Indian Civil Veterinary Department memoirs
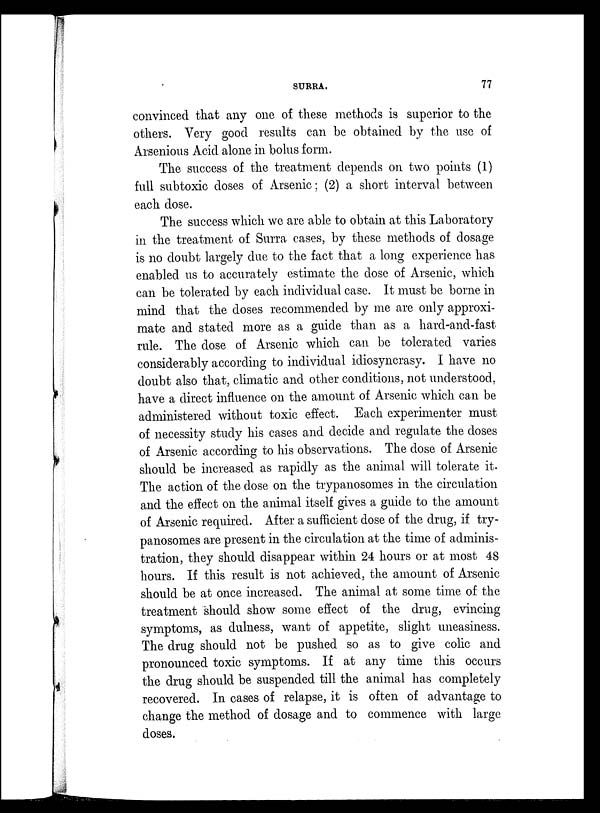
SURRA.
77
convinced that any one of these methods is superior to the
others. Very good results can be obtained by the use of
Arsenious Acid alone in bolus form.
The success of the treatment depends on two points (1)
full subtoxic doses of Arsenic; (2) a short interval between
each dose.
The success which we are able to obtain at this Laboratory
in the treatment of Surra cases, by these methods of dosage
is no doubt largely due to the fact that a long experience has
enabled us to accurately estimate the dose of Arsenic, which
can be tolerated by each individual case. It must be borne in
mind that the doses recommended by me are only approxi-
mate and stated more as a guide than as a hard-and-fast
rule. The dose of Arsenic which can be tolerated varies
considerably according to individual idiosyncrasy. I have no
doubt also that, climatic and other conditions, not understood,
have a direct influence on the amount of Arsenic which can be
administered without toxic effect. Each experimenter must
of necessity study his cases and decide and regulate the doses
of Arsenic according to his observations. The dose of Arsenic
should be increased as rapidly as the animal will tolerate it.
The action of the dose on the trypanosomes in the circulation
and the effect on the animal itself gives a guide to the amount
of Arsenic required. After a sufficient dose of the drug, if try-
panosomes are present in the circulation at the time of adminis-
tration, they should disappear within 24 hours or at most 48
hours. If this result is not achieved, the amount of Arsenic
should be at once increased. The animal at some time of the
treatment should show some effect of the drug, evincing
symptoms, as dulness, want of appetite, slight uneasiness.
The drug should not be pushed so as to give colic and
pronounced toxic symptoms. If at any time this occurs
the drug should be suspended till the animal has completely
recovered. In cases of relapse, it is often of advantage to
change the method of dosage and to commence with large
doses.